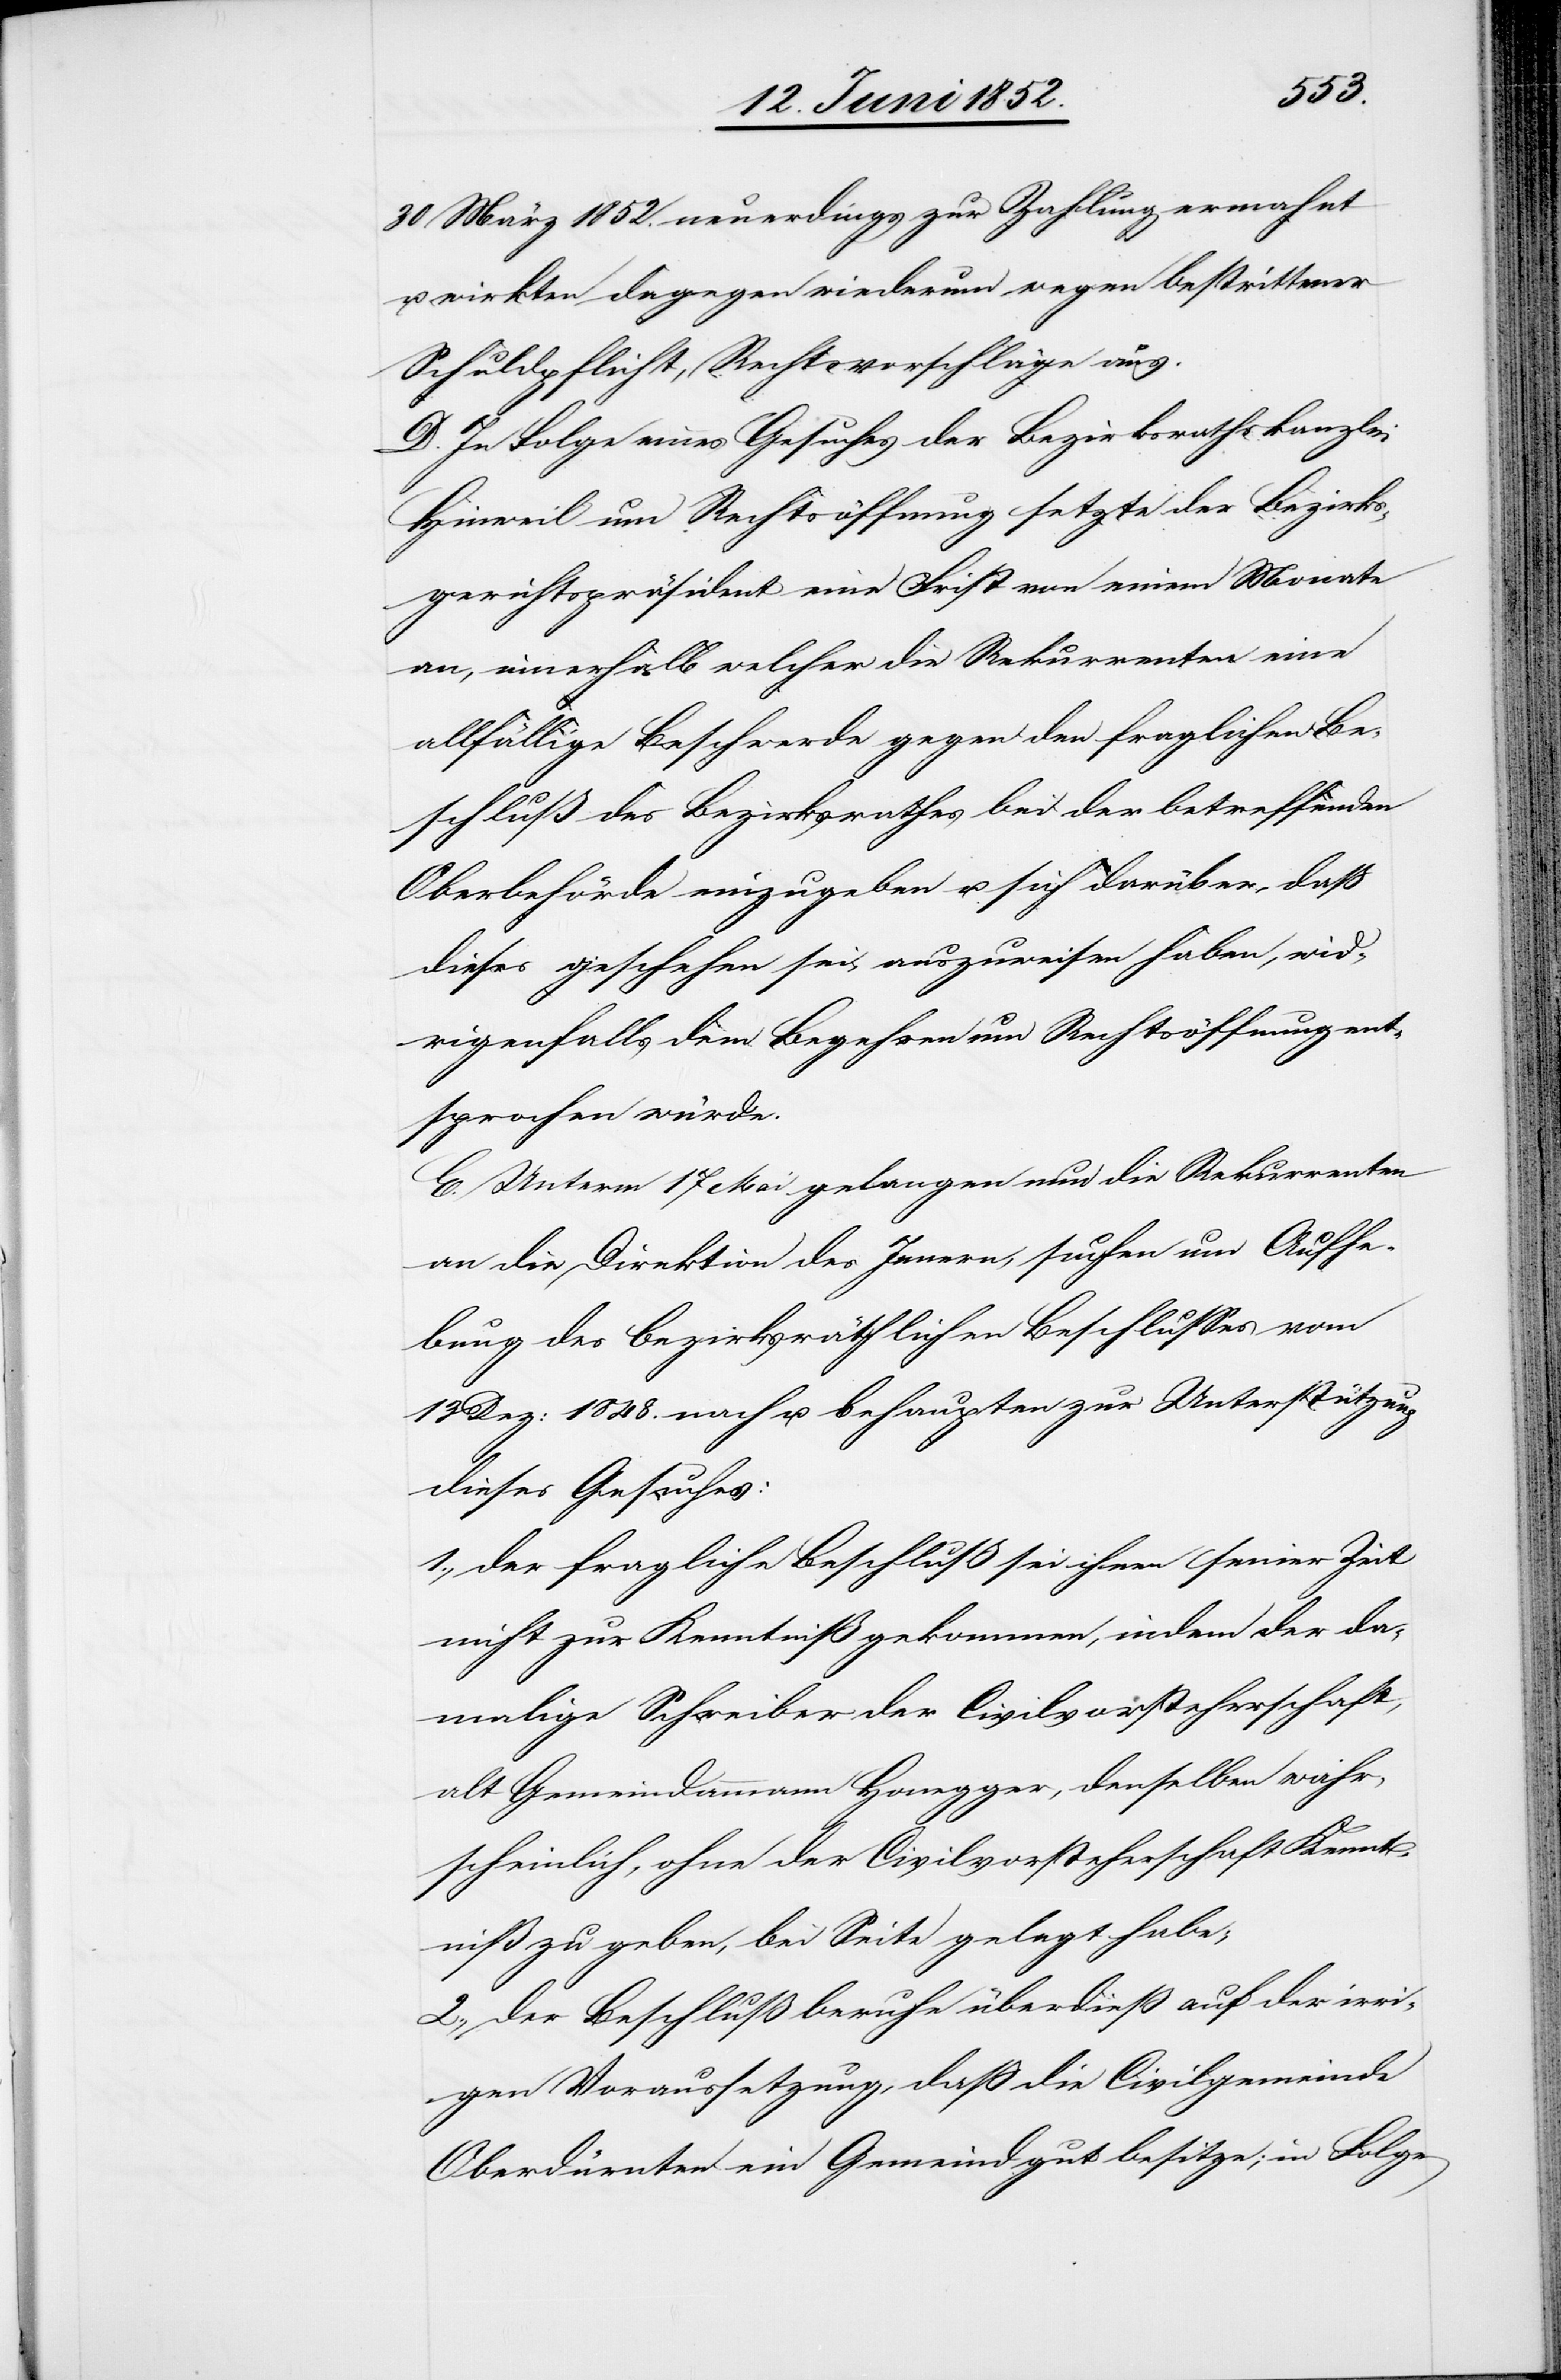
30 März 1852. neuerdings zur Zahlung ermahnt
wirkten dagegen wiederum wegen bestrittener
Schuldpflicht, Rechtsvorschläge aus.
D. In Folge eines Gesuches der Bezirksrathskanzlei
Hinweil um Rechtsöffnung setzte der Bezirks¬
gerichtspräsident eine Frist von einem Monate
an, innerhalb welcher die Rekurrenten eine
allfällige Beschwerde gegen den fraglichen Be¬
schluß des Bezirksrathes bei der betreffenden
Oberbehörde einzugeben u. sich darüber, dass
dieses geschehen sei, auszuweisen haben, wid¬
rigenfalls dem Begehren um Rechtsöffnung ent¬
sprochen würde.
E. Unterm 17 Mai gelangen nun die Rekurrenten
an die Direktion des Innern, suchen um Aufhe¬
bung des bezirksräthlichen Beschlusses vom
13 Dez: 1848. nach u. behaupten zur Unterstützung
dieses Gesuches:
1., der fragliche Beschluß sei ihnen seiner Zeit
nicht zur Kenntniß gekommen, indem der da¬
malige Schreiber der Civilvorsteherschaft,
alt Gemeindammann Honegger, denselben wahr¬
scheinlich, ohne der Civilvorsteherschaft Kennt¬
niß zu geben, bei Seite gelegt habe;
2., der Beschluß beruhe überdieß auf der irri¬
gen Voraussetzung, dass die Civilgemeinde
Oberdürnten ein Gemeindgut besitze; in Folge